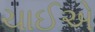
ચાઈએ